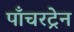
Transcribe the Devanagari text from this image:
पाँचरट्रेन